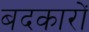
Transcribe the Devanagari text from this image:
बदकारों